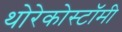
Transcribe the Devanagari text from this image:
थोरेकोस्टॉमी